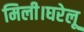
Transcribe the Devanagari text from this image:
मिली।घरेलू